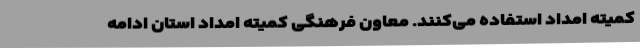
کمیته امداد استفاده می‌کنند. معاون فرهنگی کمیته امداد استان ادامه